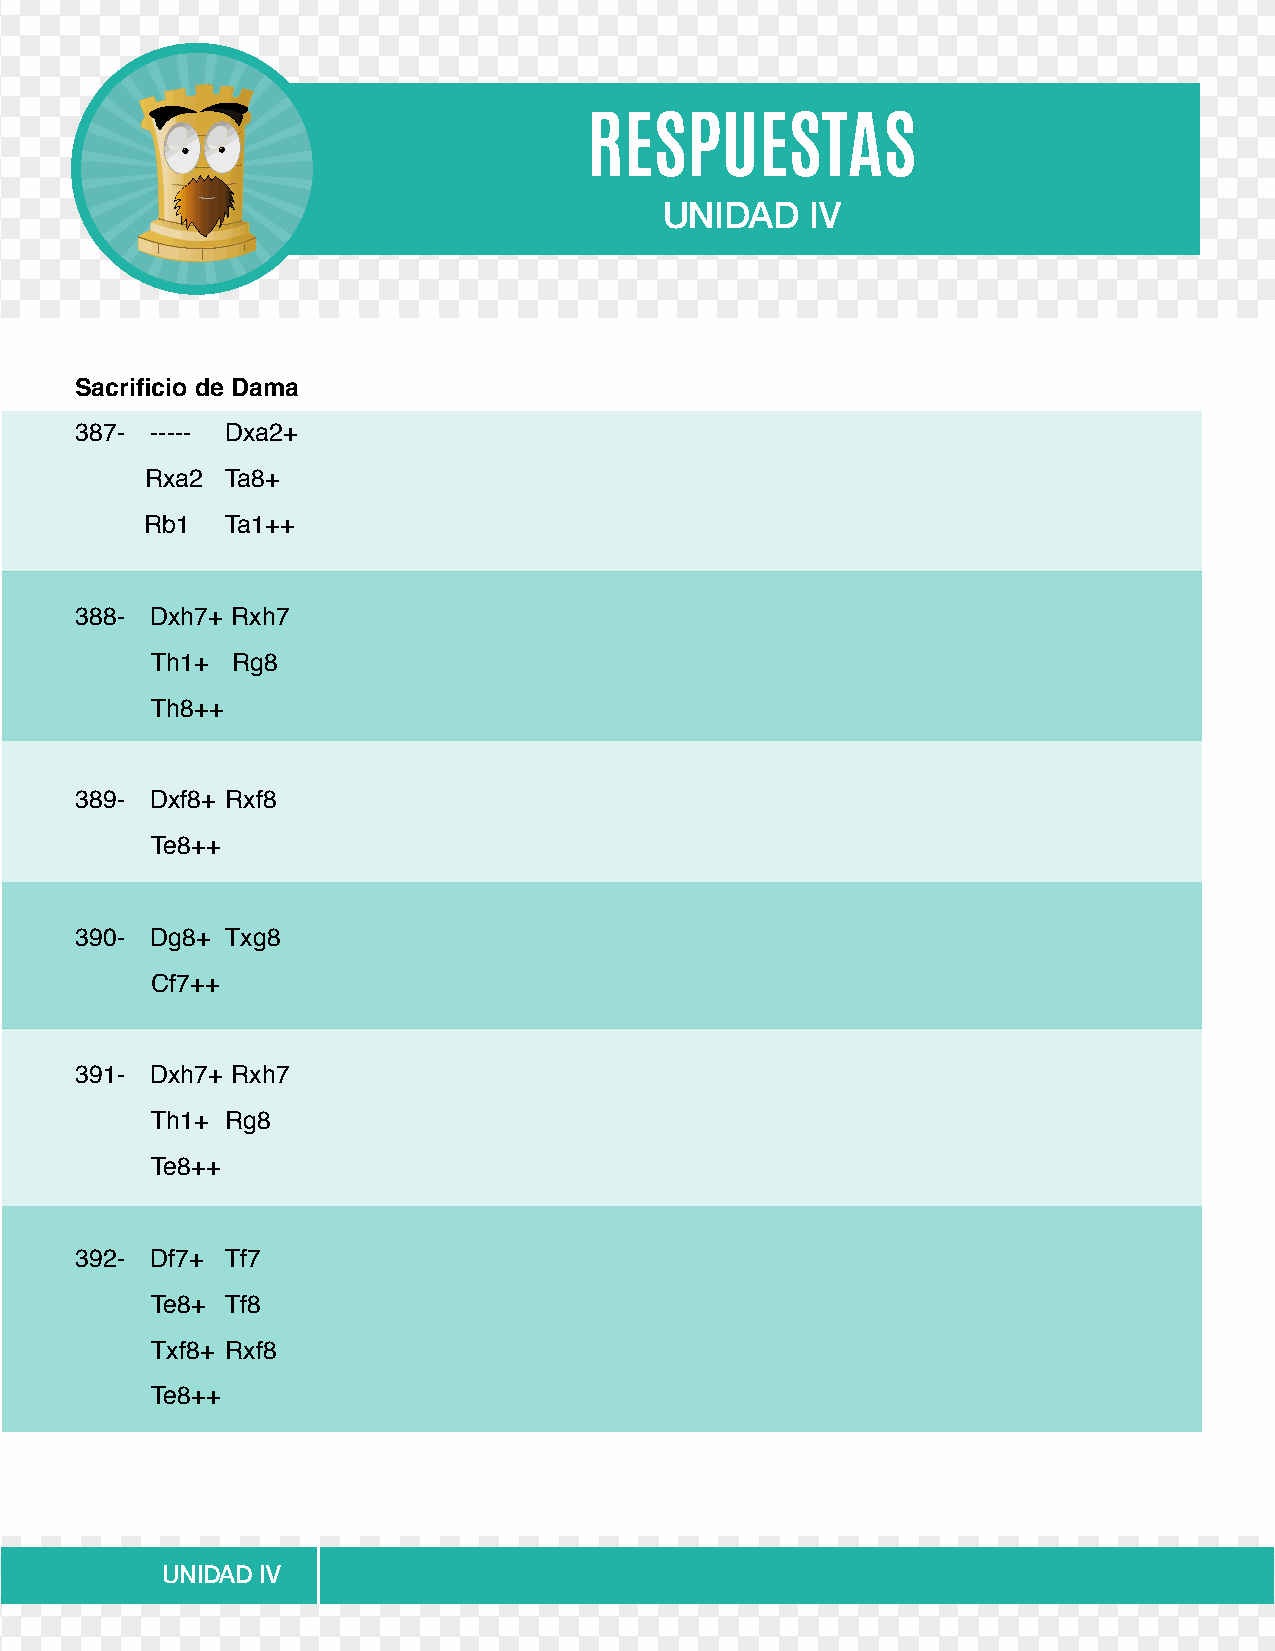
RESPUESTAS
 UNIDAD    IV
 Sacrificio de Dama
 387- ----- Dxa2+
 Rxa2 Ta8+
 Rb1  Ta1++
 388- Dxh7+ Rxh7
 Th1+ Rg8
 Th8++
 389- Dxf8+ Rxf8
 Te8++
 390- Dg8+ Txg8
 Cf7++
 391- Dxh7+ Rxh7
 Th1+ Rg8
 Te8++
 392- Df7+ Tf7
 Te8+ Tf8
 Txf8+ Rxf8
 Te8++
 UNIDAD IV